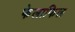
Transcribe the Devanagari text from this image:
फेलाफिल